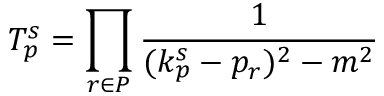
{ \cal T } _ { p } ^ { s } = \prod _ { r \in P } \frac { 1 } { ( k _ { p } ^ { s } - p _ { r } ) ^ { 2 } - m ^ { 2 } }